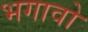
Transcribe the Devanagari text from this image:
भगावो